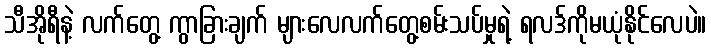
သီအိုရီနဲ့ လက်တွေ့ ကွာခြားချက် များလေလက်တွေ့စမ်းသပ်မှုရဲ့ ရလဒ်ကိုမယုံနိုင်လေပဲ။